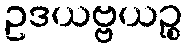
ဥဒယဗ္ဗယဉ္စ